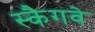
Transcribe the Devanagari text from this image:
स्कैगवे